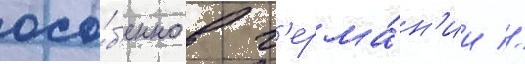
осо́б'енно в г'ерма́н'ии //